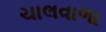
ચાલવાળા